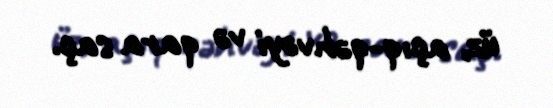
üz, açıq-qəhvəyi və qara saç.